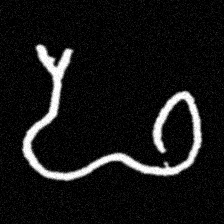
Pyu character \u2014 Myanmar letter: ဖ (romanized: pha)